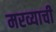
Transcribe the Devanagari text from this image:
मरव्याची